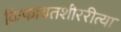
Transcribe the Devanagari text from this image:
किफायतशीररीत्या